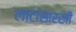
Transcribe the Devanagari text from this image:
लाटांसारखी